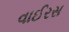
વાઈરસ